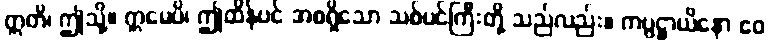
ဣတိ၊ ဤသို့။ ဣမေပိ၊ ဤထိန်ပင် အစရှိသော သစ်ပင်ကြီးတို့ သည်လည်း။ ကပ္ပဋ္ဌာယိနော ဧဝ